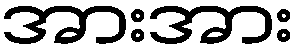
အားအား